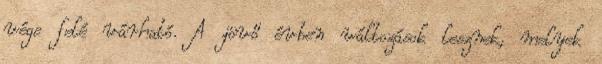
vége felé várható. A jövő évben változások lesznek, melyek